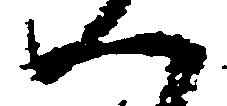
一